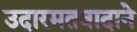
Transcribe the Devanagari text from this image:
उदारमतवादाने